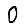
Digit: 0